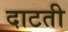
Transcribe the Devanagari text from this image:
दाटती